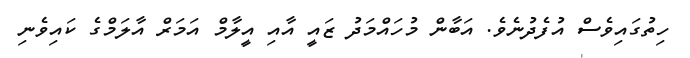
ހިތުގައިވެސް އުފެދުނެވެ. އަބާން މުހައްމަދު ޒައީ އާއި އީލާމް އަމަރް އާލަމްގެ ކައިވެނި